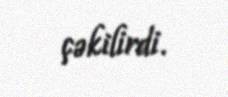
çəkilirdi.